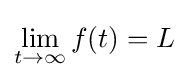
\lim _{t\to \infty }f(t)=L